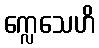
က္လေသေဟိ